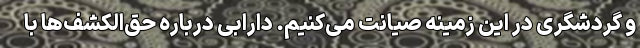
و گردشگری در این زمینه صیانت می‌کنیم. دارابی درباره حق‌الکشف‌ها با